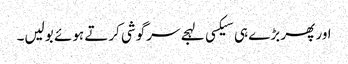
اور پھر بڑے ہی سیکسی لہجے سرگوشی کرتے ہوئے بولیں۔